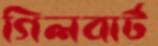
গিলবার্ট